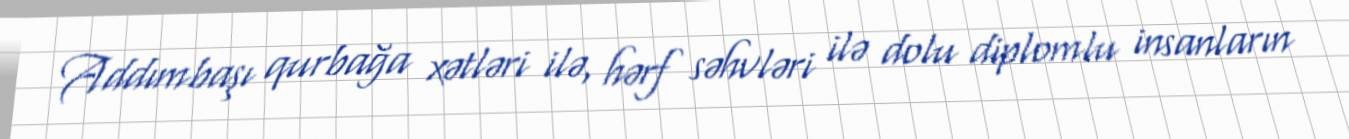
Addımbaşı qurbağa xətləri ilə, hərf səhvləri ilə dolu diplomlu insanların